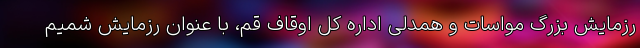
رزمایش بزرگ مواسات و همدلی اداره کل اوقاف قم، با عنوان رزمایش شمیم